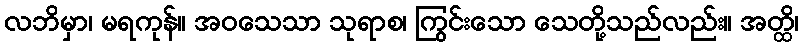
လဘိမှာ၊ မရကုန်။ အဝသေသာ သုရာစ၊ ကြွင်းသော သေတို့သည်လည်း။ အတ္ထိ၊